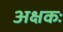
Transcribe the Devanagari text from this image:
अक्षकः